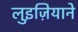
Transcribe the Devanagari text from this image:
लुइज़ियाने